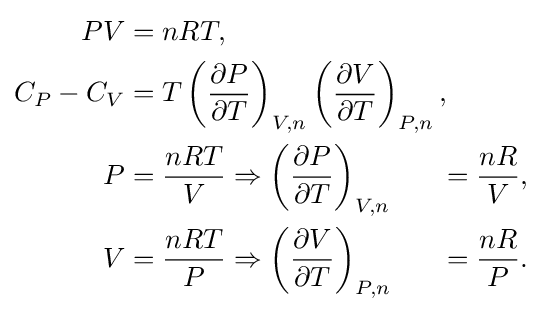
{\begin{alignedat}{3}PV&=nRT,\\C_{P}-C_{V}&=T\left({\frac {\partial P}{\partial T}}\right)_{V,n}\left({\frac {\partial V}{\partial T}}\right)_{P,n},\\P&={\frac {nRT}{V}}\Rightarrow \left({\frac {\partial P}{\partial T}}\right)_{V,n}&={\frac {nR}{V}},\\V&={\frac {nRT}{P}}\Rightarrow \left({\frac {\partial V}{\partial T}}\right)_{P,n}&={\frac {nR}{P}}.\end{alignedat}}